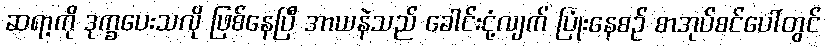
ဆရာ့ကို ဒုက္ခပေးသလို ဖြစ်နေပြီ အာယနဲသည် ခေါင်းငုံ့လျက် ပြုံးနေစဉ် စာအုပ်စင်ပေါ်တွင်